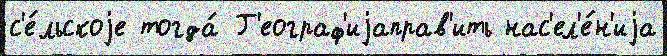
с'е́льскоjе тогда́ Г'еограф'иjаправ'ить нас'ел'е́н'иjа